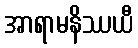
အာရာမနိဿယီ